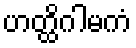
ဟတ္ထိဂါမကံ